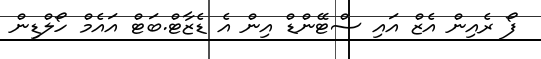
ފޯ ރެއިން އެޒް އައި ސްޓޭންޑް އިން އެ ޑެޒާޓް.ބަޓް އައެމް ހޯލްޑިން